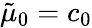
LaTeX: \tilde{\mu}_{0}=c_{0}